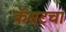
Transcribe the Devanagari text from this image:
कॅसटचा